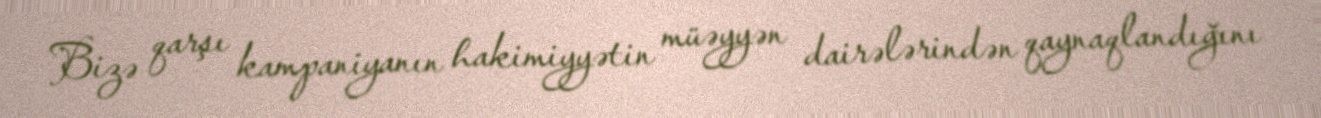
Bizə qarşı kampaniyanın hakimiyyətin müəyyən dairələrindən qaynaqlandığını